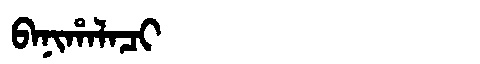
Manchu: ᠪᠠᠨᡳᡥᠠᠯᠠᠴᡳ
Romanization: BANIHALACI